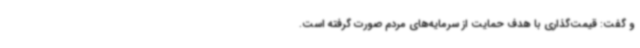
و گفت: قیمت‌گذاری با هدف حمایت از سرمایه‌های مردم صورت گرفته است.